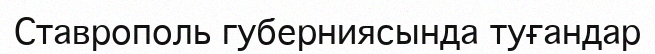
Ставрополь губерниясында туғандар